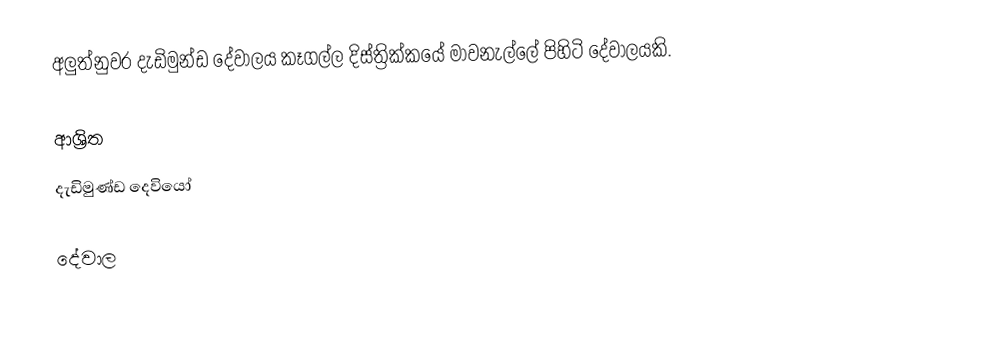
අලුත්නුවර දැඩිමුන්ඩ දේවාලය කෑගල්ල දිස්ත්‍රික්කයේ මාවනැල්ලේ පිහිටි දේවාලයකි.

ආශ්‍රිත
 දැඩිමුණ්ඩ දෙවියෝ

දේවාල